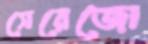
সেরেজো